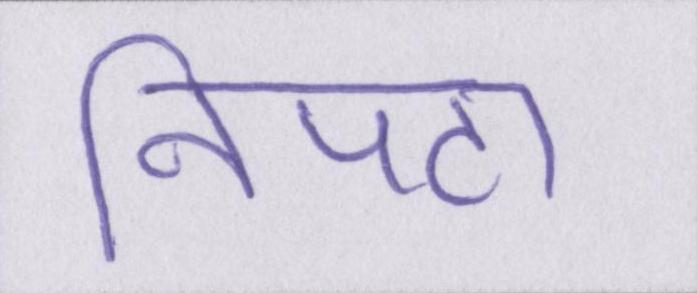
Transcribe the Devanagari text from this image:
निपटा